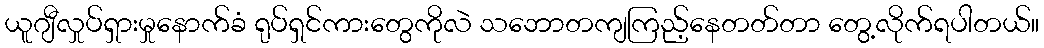
ယူဂျီလှုပ်ရှားမှုနောက်ခံ ရုပ်ရှင်ကားတွေကိုလဲ သဘောတကျကြည့်နေတတ်တာ တွေ့လိုက်ရပါတယ်။